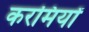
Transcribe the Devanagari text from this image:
करमियों